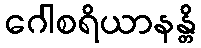
ဂေါစရိယာနန္တိ